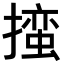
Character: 𪮳